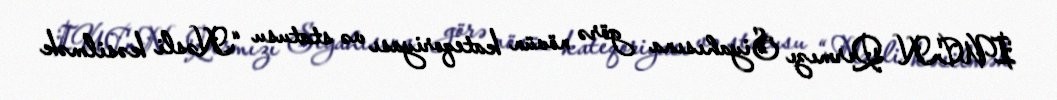
IUCN Qırmızı Siyahısına görə növün kateqoriyası və statusu “Nəsli kəsilmək